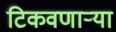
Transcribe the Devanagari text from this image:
टिकवणाऱ्या